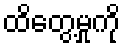
ထိတွေ့မှုကို